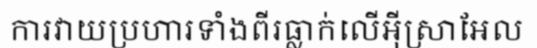
ការវាយប្រហារទាំងពីរធ្លាក់លើអ៊ីស្រាអែល